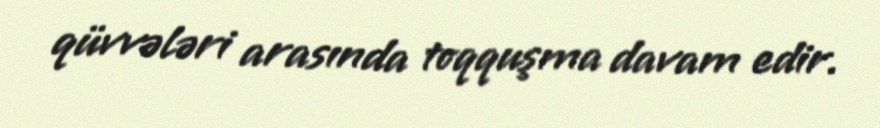
qüvvələri arasında toqquşma davam edir.